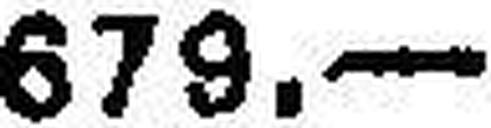
679.—